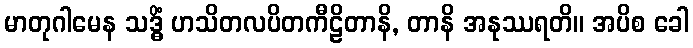
မာတုဂါမေန သဒ္ဓိံ ဟသိတလပိတကီဠိတာနိ, တာနိ အနုဿရတိ။ အပိစ ခေါ